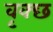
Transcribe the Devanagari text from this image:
वृक्छ